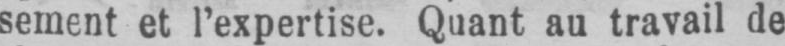
sement et l’expertise. Quant au travail de